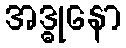
အဒ္ဓုနော